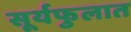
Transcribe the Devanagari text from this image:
सूर्यफुलात